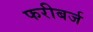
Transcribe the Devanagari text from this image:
फरीबर्ज